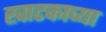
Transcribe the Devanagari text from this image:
खाटकाच्या